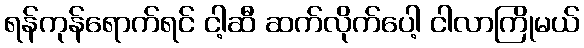
ရန်ကုန်ရောက်ရင် ငါ့ဆီ ဆက်လိုက်ပေါ့ ငါလာကြိုမယ်